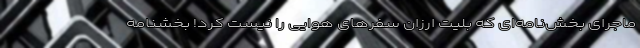
ماجرای بخش‌نامه‌ای که بلیت ارزان سفرهای هوایی را نیست کرد! بخشنامه